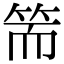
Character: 𥬵